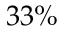
3 3 \%